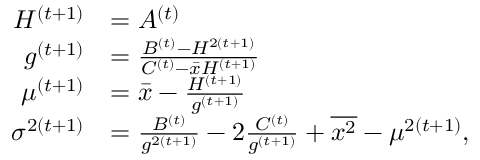
\begin{array} { r l } { H ^ { ( t + 1 ) } } & { = A ^ { ( t ) } } \\ { g ^ { ( t + 1 ) } } & { = \frac { B ^ { ( t ) } - H ^ { 2 ( t + 1 ) } } { C ^ { ( t ) } - \bar { x } H ^ { ( t + 1 ) } } } \\ { \mu ^ { ( t + 1 ) } } & { = \bar { x } - \frac { H ^ { ( t + 1 ) } } { g ^ { ( t + 1 ) } } } \\ { \sigma ^ { 2 ( t + 1 ) } } & { = \frac { B ^ { ( t ) } } { g ^ { 2 ( t + 1 ) } } - 2 \frac { C ^ { ( t ) } } { g ^ { ( t + 1 ) } } + \overline { { x ^ { 2 } } } - \mu ^ { 2 ( t + 1 ) } , } \end{array}